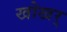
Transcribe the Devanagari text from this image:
खोखर्